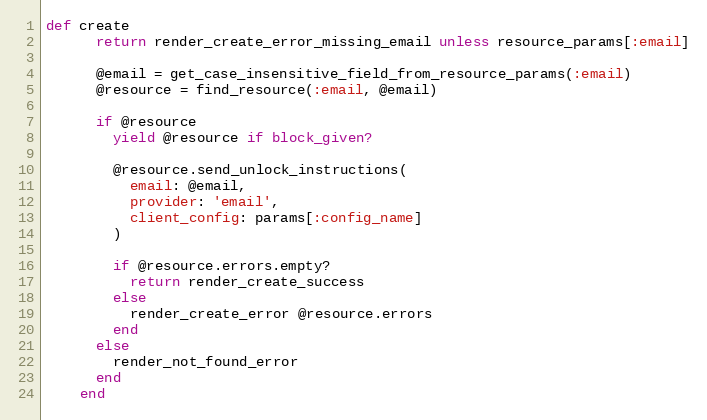
Language: Ruby
def create
      return render_create_error_missing_email unless resource_params[:email]

      @email = get_case_insensitive_field_from_resource_params(:email)
      @resource = find_resource(:email, @email)

      if @resource
        yield @resource if block_given?

        @resource.send_unlock_instructions(
          email: @email,
          provider: 'email',
          client_config: params[:config_name]
        )

        if @resource.errors.empty?
          return render_create_success
        else
          render_create_error @resource.errors
        end
      else
        render_not_found_error
      end
    end